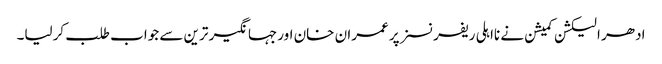
ادھر الیکشن کمیشن نے نااہلی ریفرنسز پر عمران خان اورجہانگیر ترین سے جواب طلب کرلیا۔